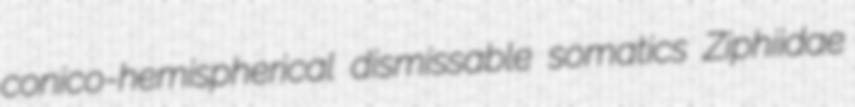
conico-hemispherical dismissable somatics Ziphiidae